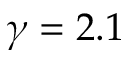
\gamma = 2 . 1